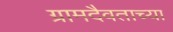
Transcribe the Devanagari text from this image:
ग्रामदैवताच्या